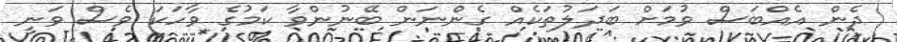
ދެން އެއްބަސް ވުމަށް ބަދަލުތަކެއް ގެންނަން ބޭނުންވާ ކަމުގެ ވާހަކަ ވެސް ވަނީ